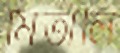
মিতালি